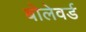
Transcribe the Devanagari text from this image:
बोलेवर्ड